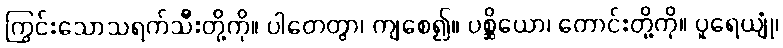
ကြွင်းသောသရက်သီးတို့ကို။ ပါတေတွာ၊ ကျစေ၍။ ပစ္ဆိယော၊ တောင်းတို့ကို။ ပူရေယျုံ၊